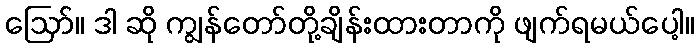
ဪ။ ဒါ ဆို ကျွန်တော်တို့ချိန်းထားတာကို ဖျက်ရမယ်ပေါ့။